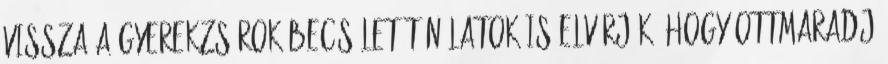
vissza a gyerekzsúrok becsületét Nálatok is elvárják, hogy ottmaradj